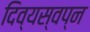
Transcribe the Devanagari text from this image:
दिव्यस्वप्न